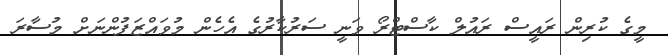
މީގެ ކުރިން ރައީސް ރައުލް ކާސްޓްރޯ ވަނީ ސަރުކާރުގެ އެހެން މުވައްޒަފުންނަށް މުސާރަ